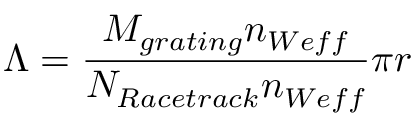
\Lambda = \frac { M _ { g r a t i n g } n _ { W e f f } } { N _ { R a c e t r a c k } n _ { W e f f } } \pi r